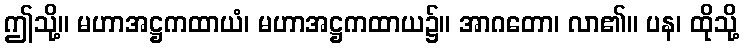
ဤသို့။ မဟာအဋ္ဌကထာယံ၊ မဟာအဋ္ဌကထာယ၌။ အာဂတော၊ လာ၏။ ပန၊ ထိုသို့